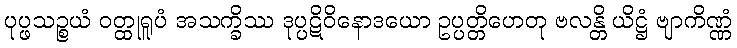
ပုပ္ဖသဉ္စယံ ဝတ္ထုရူပံ အသက္ခိဿ ဒုပ္ပဋိဝိနောဒယော ဥပ္ပတ္တိဟေတု ဗလန္တိ ယိဋ္ဌံ ဗျာကိဏ္ဏံ